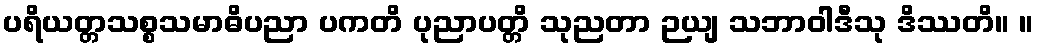
ပရိယတ္တသစ္စသမာဓိပညာ ပကတိ ပုညာပတ္တိ သုညတာ ဉယျ သဘာဝါဒီသု ဒိဿတိ။ ။